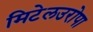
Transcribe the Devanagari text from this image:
मिटेलउरोपा